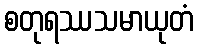
စတုရဿသမာယုတံ